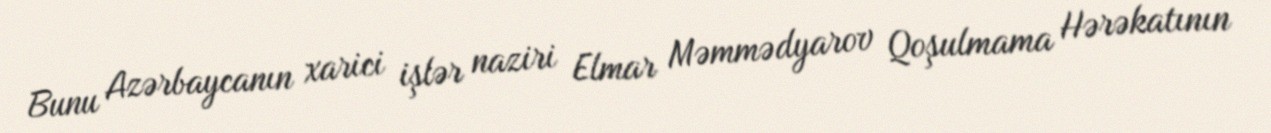
Bunu Azərbaycanın xarici işlər naziri Elmar Məmmədyarov Qoşulmama Hərəkatının